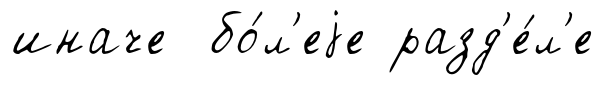
иначе бо́л'еjе разд'е́л'е